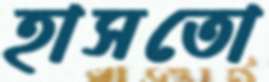
হাসতো